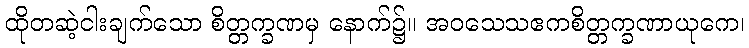
ထိုတဆဲ့ငါးချက်သော စိတ္တက္ခဏမှ နောက်၌။ အဝသေသဧကစိတ္တက္ခဏာယုကေ၊